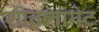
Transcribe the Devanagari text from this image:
शीतलागेट